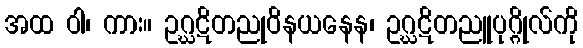
အထ ဝါ၊ ကား။ ဥဂ္ဃဋိတညုဝိနယနေန၊ ဥဂ္ဃဋိတညူပုဂ္ဂိုလ်ကို